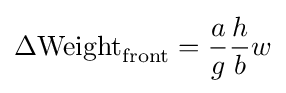
\Delta \mathrm {Weight} _{\mathrm {front} }={\frac {a}{g}}{\frac {h}{b}}w